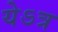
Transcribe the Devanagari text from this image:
येऽत्र